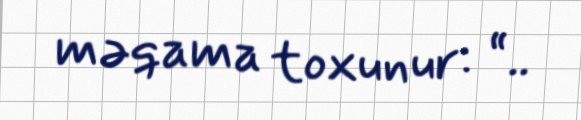
məqama toxunur: “..